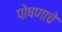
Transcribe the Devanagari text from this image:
पोषणाचे